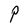
Character: P